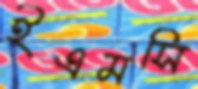
ইএমসি